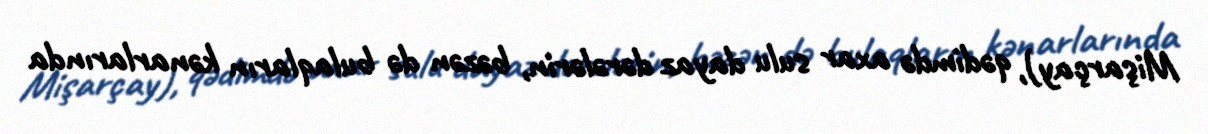
Mişarçay), qədimdə axar sulu dayaz dərələrin, bəzən də bulaqların kənarlarında